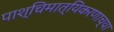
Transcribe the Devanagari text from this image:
पाश्चिमात्यिकरणाच्या